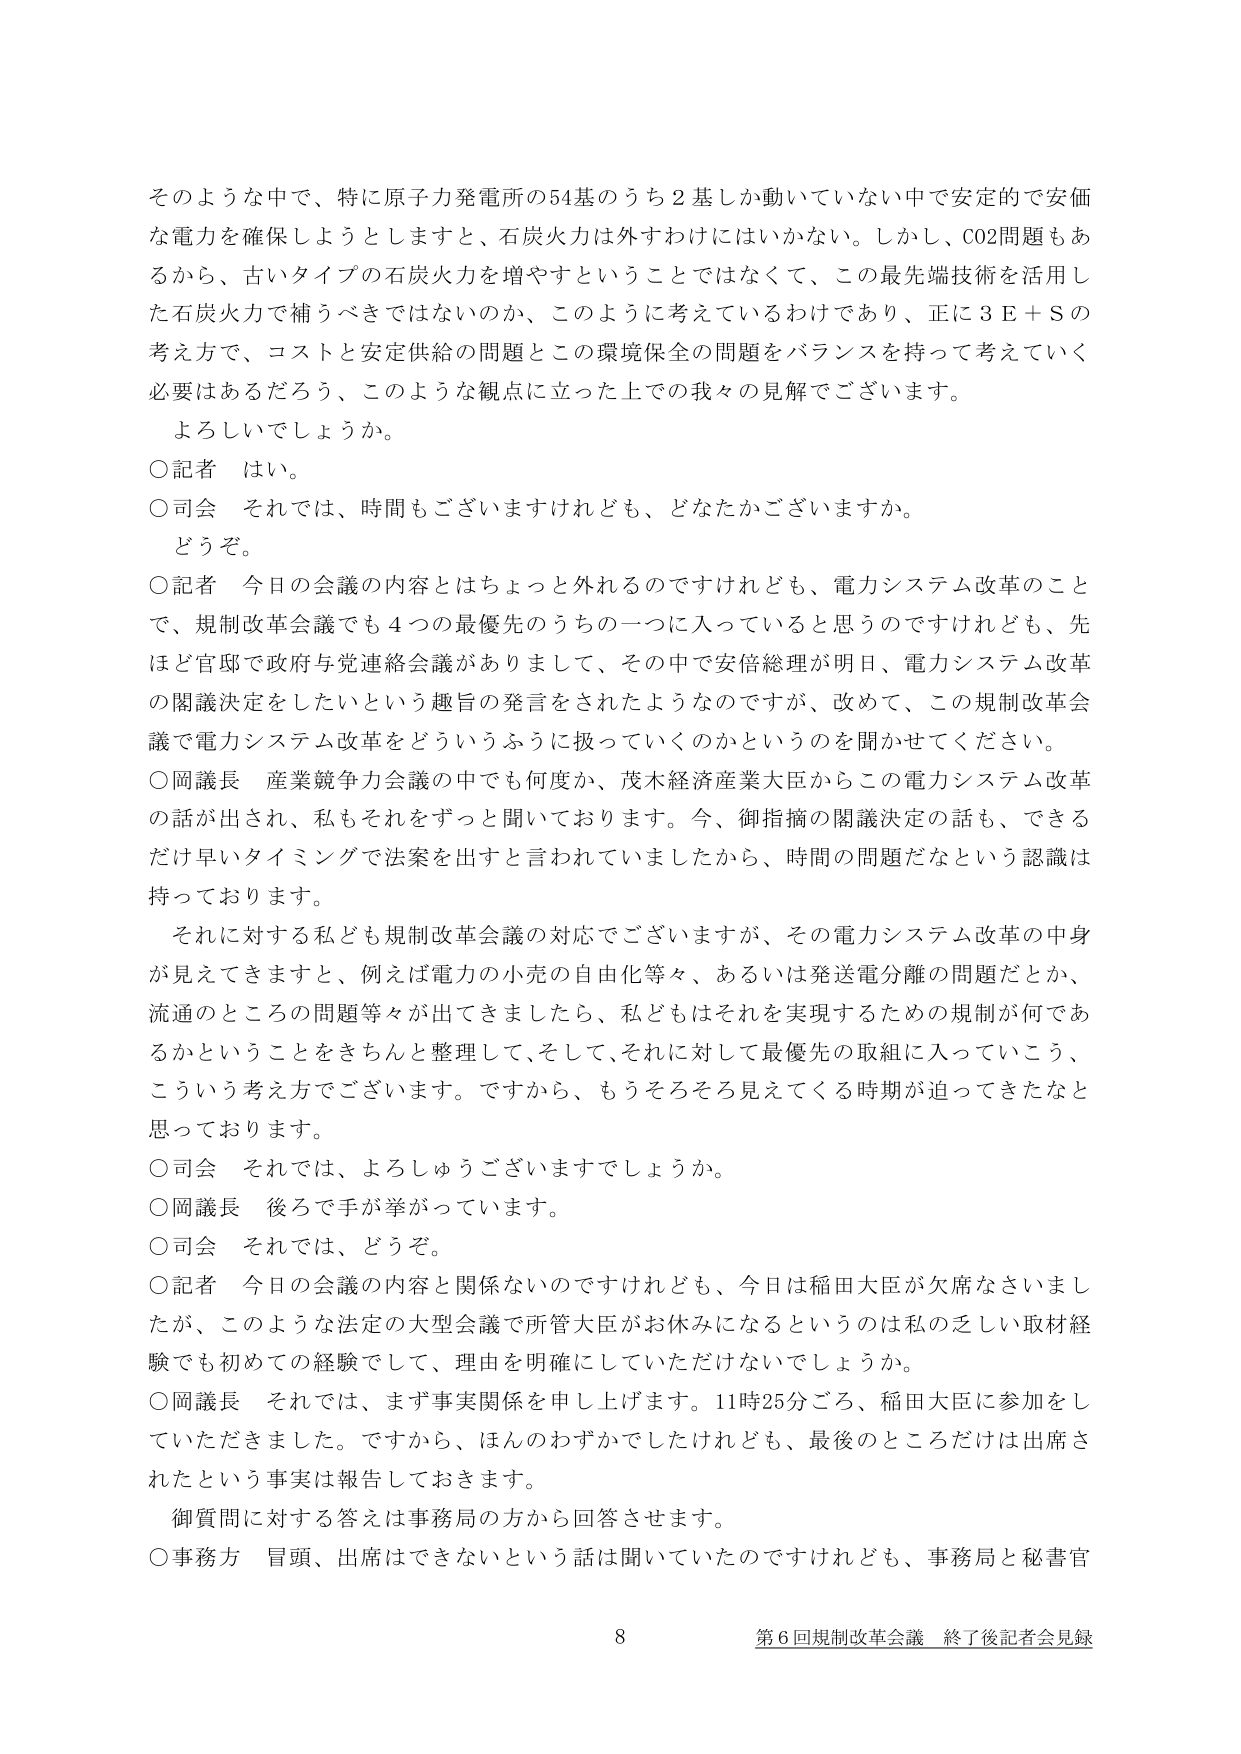
そのような中で、特に原子力発電所の54基のうち2基しか動いていない中で安定的で安価な電力を確保しようとしますと、石炭火力は外すわけにはいかない。しかし、CO2問題もあるから、古いタイプの石炭火力を増やすということではなくて、この最先端技術を活用した石炭火力で補うべきではないのか、このように考えているわけであり、正に3E＋Sの考え方で、コストと安定供給の問題とこの環境保全の問題をバランスを持って考えていく必要はあるだろう、このような観点に立った上での我々の見解でございます。

よろしいでしょうか。

○記者 はい。

○司会 それでは、時間もございますけれども、どなたかございますか。

どうぞ。

○記者 今日の会議の内容とはちょっと外れるのですけれども、電力システム改革のことで、規制改革会議でも4つの最優先のうちの一つに入っていると思うのですけれども、先ほど官邸で政府与党連絡会議がありまして、その中で安倍総理が明日、電力システム改革の閣議決定をしたいという趣旨の発言をされたようなのですが、改めて、この規制改革会議で電力システム改革をどういうふうに扱っていくのかというのを聞かせてください。

○岡議長 産業競争力会議の中でも何度か、茂木経済産業大臣からこの電力システム改革の話が出され、私もそれをずっと聞いております。今、御指摘の閣議決定の話も、できるだけ早いタイミングで法案を出すと言われていましたから、時間の問題だなという認識は持っております。

それに対する私ども規制改革会議の対応でございますが、その電力システム改革の中身が見えてきますと、例えば電力の小売の自由化等々、あるいは発送電分離の問題だとか、流通のところの問題等々が出てきましたら、私どもはそれを実現するための規制が何であるかということをきちんと整理して、そして、それに対して最優先の取組に入っていこう、こういう考え方でございます。ですから、もうそろそろ見えてくる時期が迫ってきたなと思っております。

○司会 それでは、よろしうございますでしょうか。

○岡議長 後ろで手が挙がっています。

○司会 それでは、どうぞ。

○記者 今日の会議の内容と関係ないのですけれども、今日は稲田大臣が欠席なさいましたが、このような法定の大型会議で所管大臣がお休みになるというのは私の乏しい取材経験でも初めての経験をして、理由を明確にしていただけないでしょうか。

○岡議長 それでは、まず事実関係を申し上げます。11時25分ごろ、稲田大臣に参加をしていただきました。ですから、ほんのわずかでしたけれども、最後のところだけは出席されたという事実は報告しておきます。

御質問に対する答えは事務局の方から回答させます。

○事務方 冒頭、出席はできないという話は聞いていたのですけれども、事務局と秘書官

8 第6回規制改革会議 終了後記者会見録